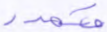
متمدد